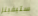
ستيفينز